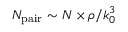
N _ { \mathrm { p a i r } } \sim N \times \rho / k _ { 0 } ^ { 3 }